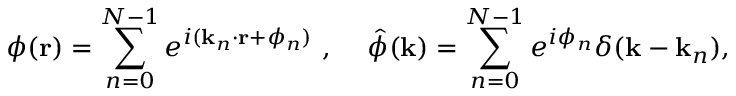
\phi ( { \bf r } ) = \sum _ { n = 0 } ^ { N - 1 } e ^ { i ( { \bf k } _ { n } \cdot { \bf r } + \phi _ { n } ) } \mathrm { ~ , ~ } \quad \hat { \phi } ( { \bf k } ) = \sum _ { n = 0 } ^ { N - 1 } e ^ { i \phi _ { n } } \delta ( { \bf k } - { \bf k } _ { n } ) ,